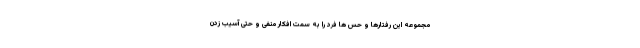
مجموعه این رفتارها و حس ها فرد را به سمت افکار منفی و حتی آسیب زدن